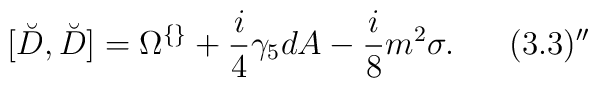
[\breve{D}, \breve{D}] = \Omega^{\{\}} +\frac{i}{4}\gamma_5 dA-\frac{i}{8}m^2\sigma. \;\;\;\;\;\; (3.3)''